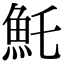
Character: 魠